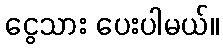
ငွေသား ပေးပါမယ်။